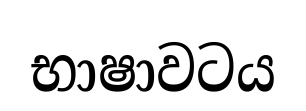
භාෂාවටය